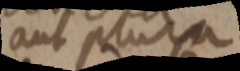
aut plura